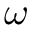
\omega